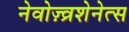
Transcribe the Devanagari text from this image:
नेवोज़्व्रशेनेत्स